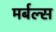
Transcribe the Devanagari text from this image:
मर्बल्स